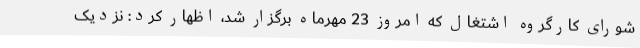
شورای کارگروه اشتغال که امروز 23 مهرماه برگزار شد، اظهار کرد: نزدیک